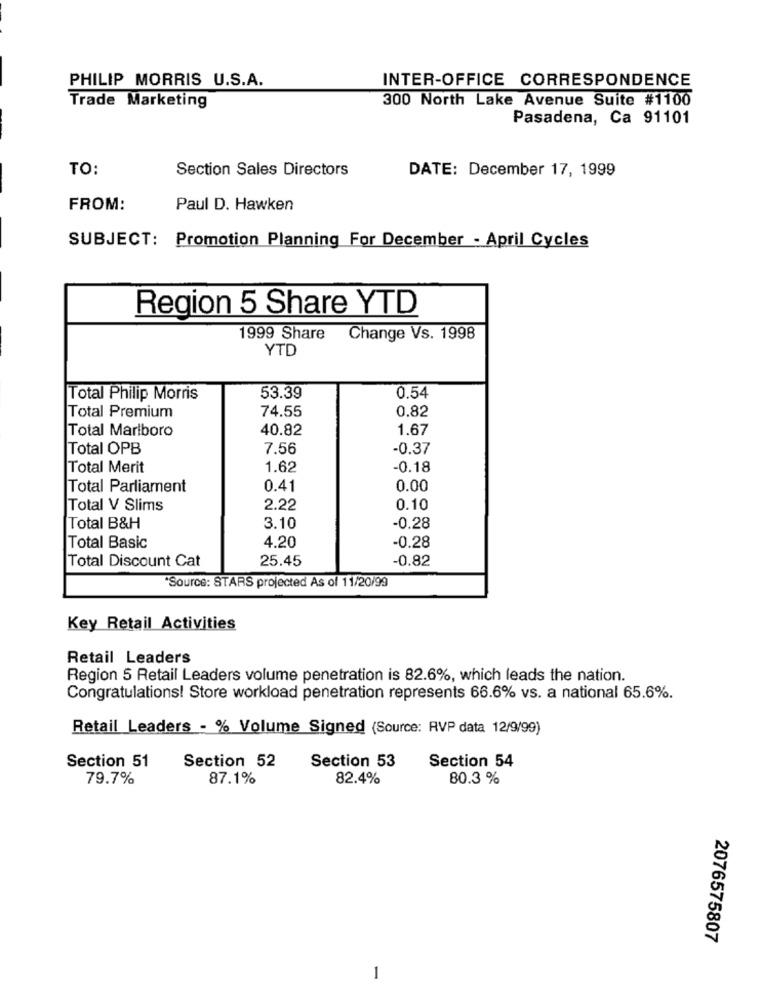
PHILIP MORRIS U.S.A.
INTER-OFFICE CORRESPONDENCE
300 North Lake Avenue Suite #1100
Trade Marketing
Pasadena, Ca 91101
TO:
Section Sales Directors
DATE: December 17, 1999
FROM:
Paul D. Hawken
SUBJECT: Promotion Planning For December - April Cycles
Region 5 Share YTD
1999 Share
Change Vs. 1998
YTD
Total Philip Morris
53.39
0.54
74.55
0.82
Total Premium
Total Marlboro
40.82
1.67
Total OPB
7.56
-0.37
Total Merit
1.62
-0.18
Total Parliament
0.41
0.00
Total V Slims
2.22
0.10
Total B&H
3.10
-0.28
Total Basic
4.20
-0.28
Total Discount Cat
25.45
-0.82
"Source: STARS projected As of 11/20/99
Key Retail Activities
Retail Leaders
Region 5 Retail Leaders volume penetration is 82.6%, which leads the nation.
Congratulations! Store workload penetration represents 66.6% vs. a national 65.6%.
Retail Leaders - % Volume Signed (Source: RVP data 12/9/99)
Section 52
Section 53
Section 54
Section 51
79.7%
87.1%
82.4%
80.3 %
2076575807